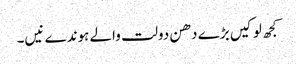
کجھ لوکیں بڑے دھن دولت والے ہوندے نیں۔